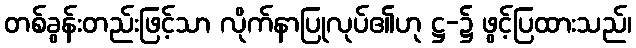
တစ်ခွန်းတည်းဖြင့်သာ လိုက်နာပြုလုပ်၏ဟု ဋ္ဌ-၌ ဖွင့်ပြထားသည်၊